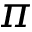
\pi